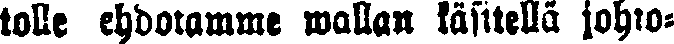
lolle ehdotamme wallan käsitellä johto-